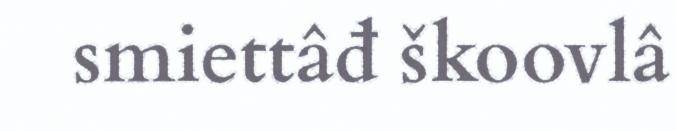
smiettâđ škoovlâ